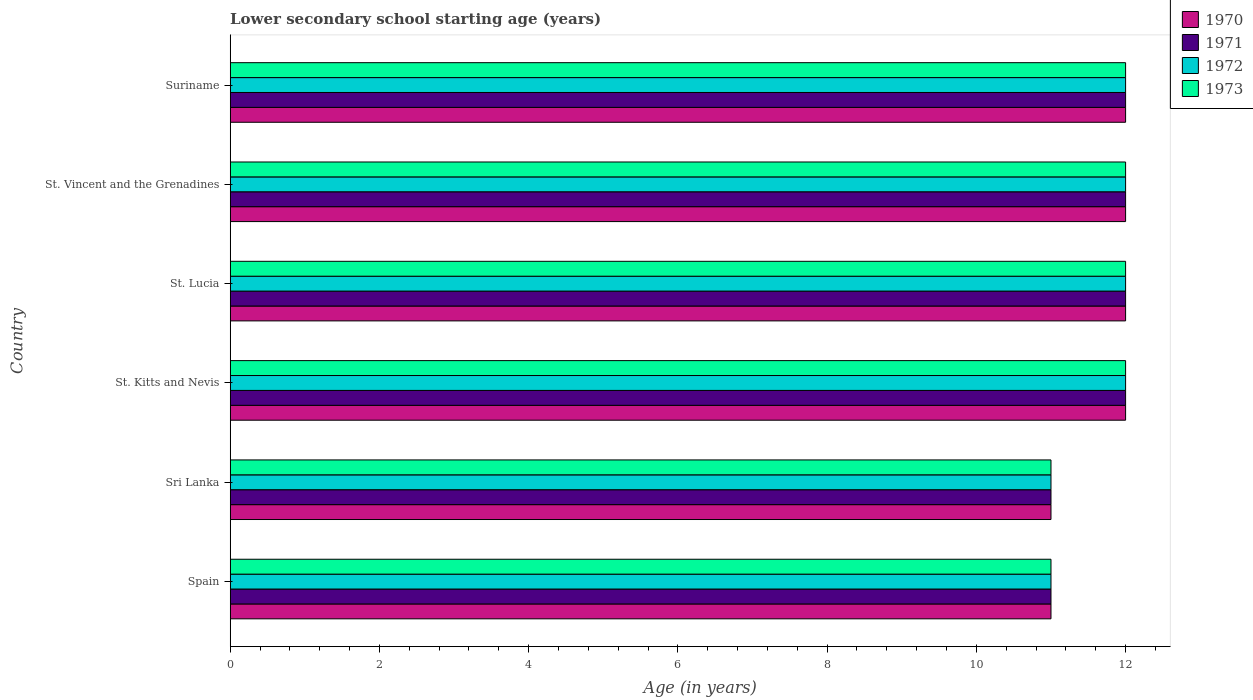
| Country | 1970 | 1971 | 1972 | 1973 |
 | --- | --- | --- | --- | --- |
 | Spain | 11 | 11 | 11 | 11 |
 | Sri Lanka | 11 | 11 | 11 | 11 |
 | St. Kitts and Nevis | 12 | 12 | 12 | 12 |
 | St. Lucia | 12 | 12 | 12 | 12 |
 | St. Vincent and the Grenadines | 12 | 12 | 12 | 12 |
 | Suriname | 12 | 12 | 12 | 12 |